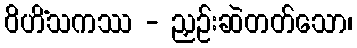
ဝိဟိံသကဿ - ညှဉ်းဆဲတတ်သော၊